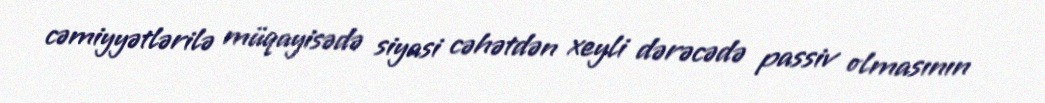
cəmiyyətlərilə müqayisədə siyasi cəhətdən xeyli dərəcədə passiv olmasının